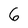
Character: 6